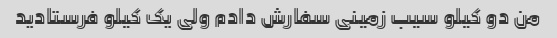
من دو کیلو سیب زمینی سفارش دادم ولی یک کیلو فرستادید